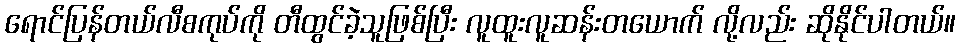
ရောင်ပြန်တယ်လီစကုပ်ကို တီထွင်ခဲ့သူဖြစ်ပြီး လူထူးလူဆန်းတယောက် လို့လည်း ဆိုနိုင်ပါတယ်။